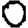
Digit: 0